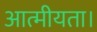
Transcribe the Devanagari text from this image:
आत्मीयता।